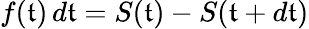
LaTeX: f(\mathfrak{t})\, d\mathfrak{t}=S(\mathfrak{t})-S(\mathfrak{t}+d\mathfrak{t})